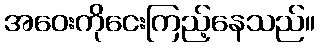
အဝေးကိုငေးကြည့်နေသည်။